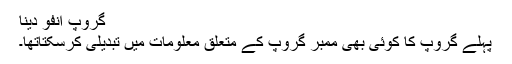
گروپ انفو دینا
پہلے گروپ کا کوئی بھی ممبر گروپ کے متعلق معلومات میں تبدیلی کرسکتاتھا۔